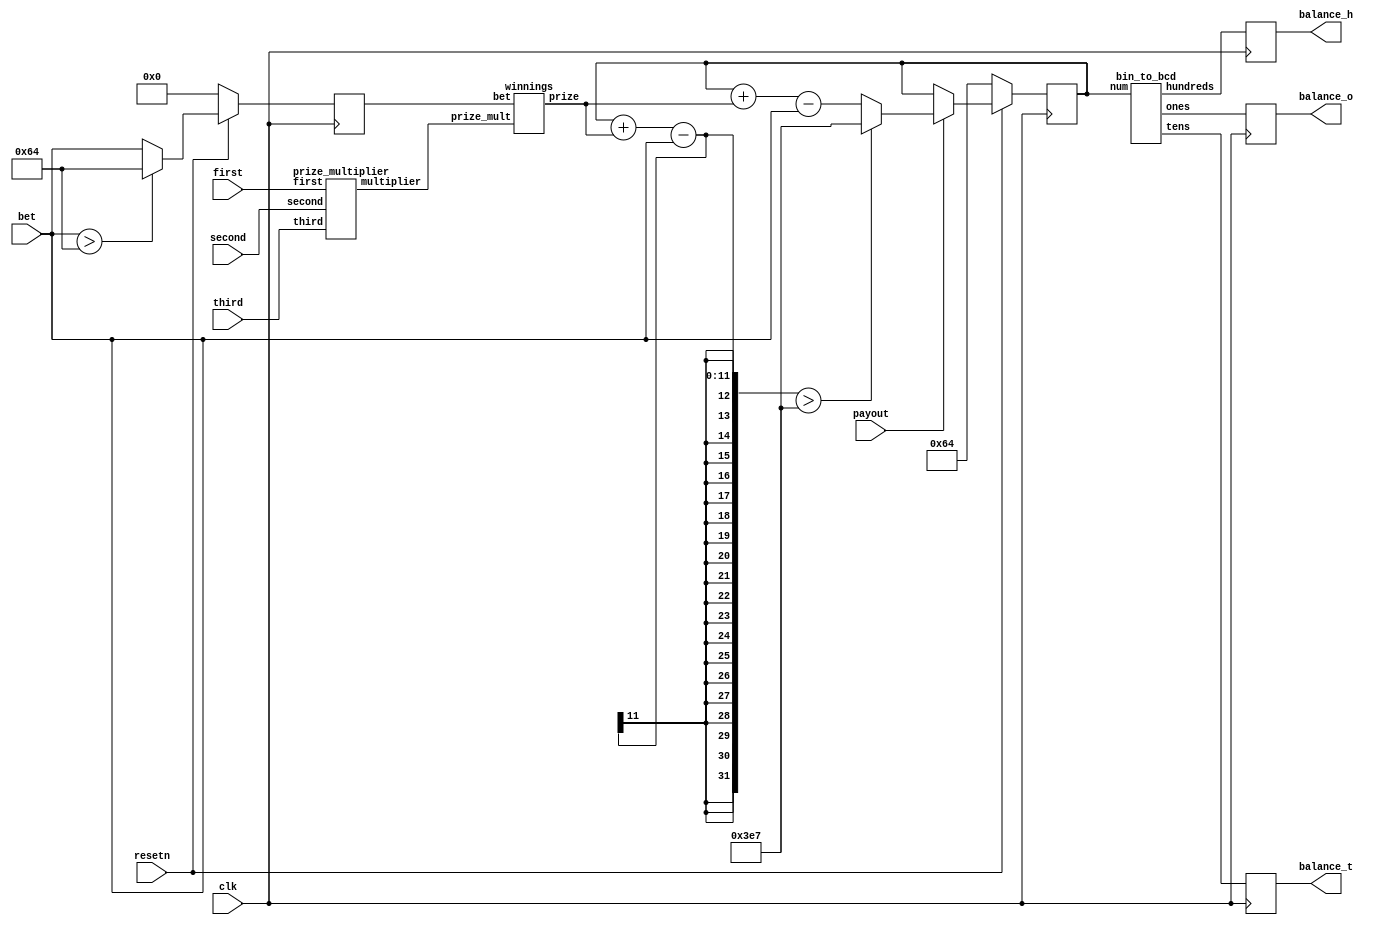
module betting(first, second, third, bet, clk, resetn, payout, balance_h, balance_t, balance_o);
	input [2:0] first; // first reel
	input [2:0] second; // second reel
	input [2:0] third; // third reel
	input [6:0] bet; // max 100
   input clk, resetn, payout;
	output reg [3:0] balance_h, balance_t, balance_o; // hundreds/tens/ones, max 999
	
	wire [6:0] prize_mult; // prize multiplier
	wire [9:0] prize; // winnings based on bet and roll outcome
	wire [3:0] b1, b2, b3;
	reg [9:0] balance; // current balance
	reg [6:0] nextBet; // betting value for next roll
	
	prize_multiplier p1(first, second, third, prize_mult);
	bin_to_bcd btb1(balance, b1, b2, b3);
	winnings w1(nextBet, prize_mult, prize);
	
	// set bet value
	always @(posedge clk) begin
		if (!resetn)
			nextBet <= 0;
		else if (bet > 100)
			nextBet <= 100;
		else
			nextBet <= bet;
	end
	
	always @(posedge clk) begin
		if (!resetn) 
			balance <= 100;
		else if (payout) begin
			if (balance + prize - bet > 999)
				balance <= 999;
			else
				balance <= balance + prize - bet;
		end
	end
	
	// output
	always @(posedge clk) begin
		balance_h <= b1;
		balance_t <= b2;
		balance_o <= b3;
	end
endmodule

module winnings(bet, prize_mult, prize);
	input [6:0] bet;
	input [6:0] prize_mult;
	output reg [9:0] prize;
	
	always @(*) begin
		case (prize_mult)
			80: prize = bet * 80;
			40: prize = bet * 40;
			25: prize = bet * 25;
			10: prize = bet * 10;
			5: prize = bet * 5;
			3: prize = bet * 3;
			default: prize = 0;
		endcase
	end
endmodule

module prize_multiplier(first, second, third, multiplier);
	input [2:0] first;
	input [2:0] second;
	input [2:0] third;
   output reg [6:0] multiplier;
	
	always @(*)
	if (first == 3'b111 & second == 3'b111 & third == 3'b111) begin
		multiplier = 80; // 7 7 7
	end else if (first == 3'b110 & second == 3'b110 & third == 3'b110) begin
		multiplier = 40; // 3 x triple bar
	end else if (first == 3'b101 & second == 3'b101 & third == 3'b101) begin
		multiplier = 25; // 3 x double bar
	end else if (first == 3'b100 & second == 3'b100 & third == 3'b100) begin
		multiplier = 10; // 3 x one bar
	end else if (first == 3'b011 & second == 3'b011 & third == 3'b011) begin
		multiplier = 5; // 3 x cherry
	end else if (first == 3'b011 & second == 3'b011 | first == 3'b011 & third == 3'b011 | second == 3'b011 & third == 3'b011) begin
		multiplier = 3; // 2 x cherry 
	end else if (first == 3'b101 | first == 3'b110 | first == 3'b100 & second == 3'b101 | second == 3'b110 | second == 3'b100 & third == 3'b101 | third == 3'b110 | third == 3'b100) begin
		multiplier = 3; // 3 x any bar 
	end else begin
		multiplier = 0;
	end
endmodule
	
module bin_to_bcd(num, hundreds, tens, ones);
   input [9:0] num;
   output reg [3:0] hundreds;
   output reg [3:0] tens;
   output reg [3:0] ones;
   
   integer i;
   
   always @(num)
   begin

		hundreds = 4'd0;
		tens = 4'd0;
		ones = 4'd0;
      
      // Loop 10 times
      for (i=9; i>=0; i=i-1) 
		begin
         if (hundreds >= 5)
            hundreds = hundreds + 3;
            
         if (tens >= 5)
            tens = tens + 3;
            
         if (ones >= 5)
            ones = ones + 3;  
				
         // shift left
         hundreds = hundreds << 1;
			hundreds[0] = tens[3];
			tens = tens << 1;
			tens[0] = ones[3];
			ones = ones << 1;
			ones[0] = num[i];
      end
   end
endmodule

module hex_decoder(hex_digit, segments);
    input [3:0] hex_digit;
    output reg [6:0] segments;
   
    always @(*)
        case (hex_digit)
            4'h0: segments = 7'b100_0000;
            4'h1: segments = 7'b111_1001;
            4'h2: segments = 7'b010_0100;
            4'h3: segments = 7'b011_0000;
            4'h4: segments = 7'b001_1001;
            4'h5: segments = 7'b001_0010;
            4'h6: segments = 7'b000_0010;
            4'h7: segments = 7'b111_1000;
            4'h8: segments = 7'b000_0000;
            4'h9: segments = 7'b001_1000;
            4'hA: segments = 7'b000_1000;
            4'hB: segments = 7'b000_0011;
            4'hC: segments = 7'b100_0110;
            4'hD: segments = 7'b010_0001;
            4'hE: segments = 7'b000_0110;
            4'hF: segments = 7'b000_1110;   
            default: segments = 7'h7f;
        endcase
endmodule